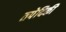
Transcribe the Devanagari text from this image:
तपेदिकी